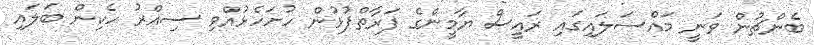
ބެންޗުން ވަނީ މައްސަލައިގައި ރައީސް ޔާމީންގެ ފަރާތްޕުޅުން ހުށަހެޅުއްވި ސިއްރު ހެކިން ބަލައި